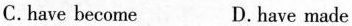
C.have become D. have made